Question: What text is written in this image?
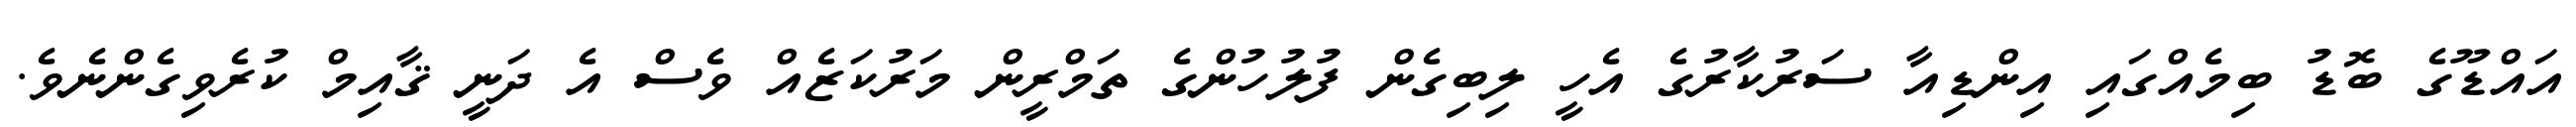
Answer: އައްޑޫގެ ބޮޑު ބިމެއްގައި އިންޑިއާ ސަރުކާރުގެ އެހީ ލިބިގެން ފުލުހުންގެ ތަމްރީން މަރުކަޒެއް ވެސް އެ ދަނީ ޤާއިމް ކުރެވިގެންނެވެ.